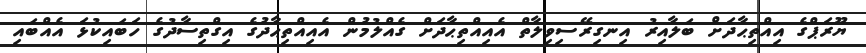
ޔޫރަޕްގެ އިއްތިޙާދަށް ބަލާއިރު އިނގިރޭސިވިލާތް އެއިއްތިޙާދަށް ގެއްލުމުން އެއިއްތިޙާދުގެ އިގްތިސާދުގެ ހަބައިކުޅަ އެއްބައި